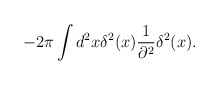
\begin{align*}- 2\pi \int d^2 x \delta^2 (x) {1\over \partial^2} \delta^2 (x).\end{align*}